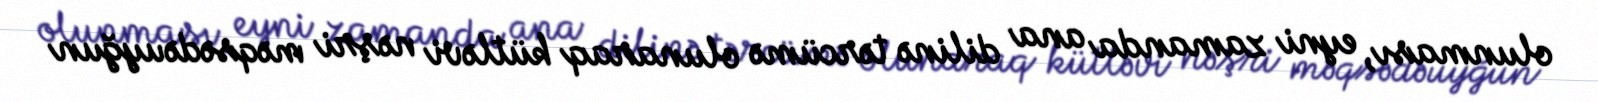
olunması, eyni zamanda ana dilinə tərcümə olunaraq kütləvi nəşri məqsədəuyğun